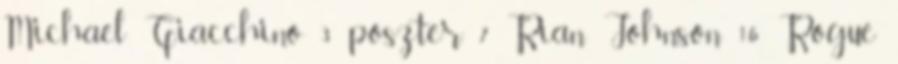
Michael Giacchino 3 poszter 7 Rian Johnson 16 Rogue